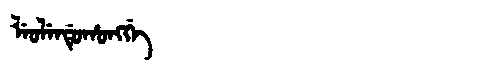
Manchu: ᠯᡝᠣᠯᡝᠨᡩᡠᡥᠣᠩᡤᡝ
Romanization: LEOLENDUHONGGE